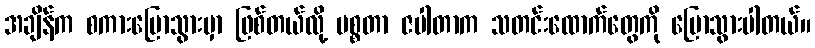
အချိန်က စကားပြောသွားမှာ ဖြစ်တယ်လို့ မစ္စတာ ဇပါတာက သတင်းထောက်တွေကို ပြောသွားပါတယ်။